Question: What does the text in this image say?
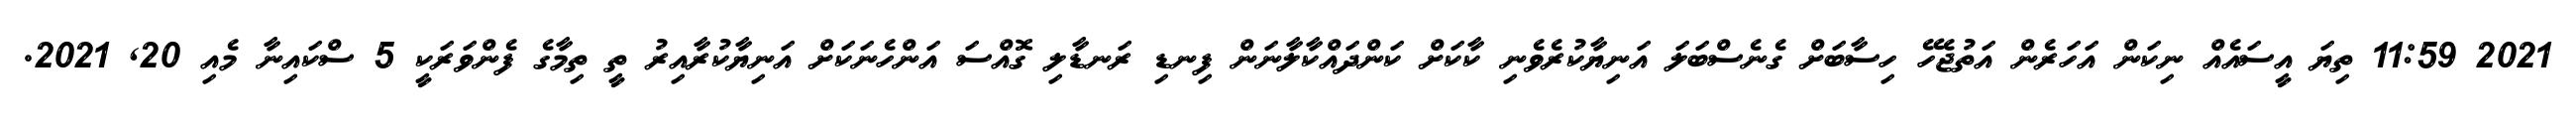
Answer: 2021 11:59 ތިޔަ އީސައެއް ނިކަން އަހަރެން އަތުޖެހޭ ހިސާބަށް ގެނެސްބަލަ އަނިޔާކުރެވެނި ކާކަށް ކަންދައްކާލާނަން ފިނޑި ރަނޑާލި ގޮއްސަ އަންހެނަކަށް އަނިޔާކުރާއިރު ތީ ތިމާގެ ފެންވަރަކީ 5 ސްކައިނާ މެއި 20, 2021.